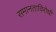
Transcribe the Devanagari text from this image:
समानताविरोधी